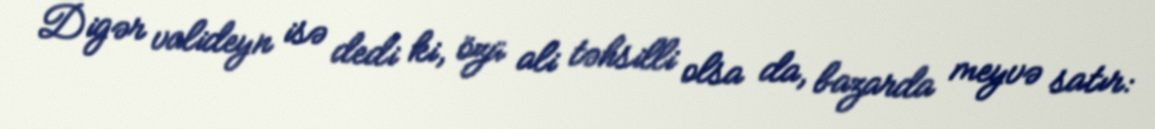
Digər valideyn isə dedi ki, özü ali təhsilli olsa da, bazarda meyvə satır: